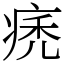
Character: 痜